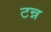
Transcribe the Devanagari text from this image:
टन्न